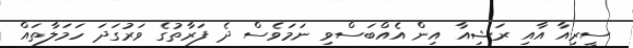
ސީރިއާ އާއި ރަޝިއާ އިން އެއްބަސްވި ނަމަވެސް ދެ ފަރާތުގެ ވަރުގަދަ ހަމަލާތައް